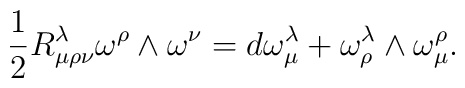
\frac{1}{2}R^\lambda_{\mu\rho\nu}\omega^\rho\wedge\omega^\nu=d\omega^\lambda_\mu+\omega^\lambda_\rho\wedge\omega^\rho_\mu.